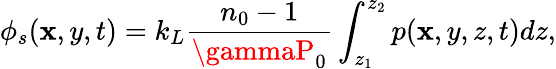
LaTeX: \phi_{s}(\mathbf{x},y,t)=k_{L}\frac{{n_{0}-1}}{{\gammaP_{0}}}\int_{z_{1}}^{z_{2}}p(\mathbf{x},y,z,t)dz,